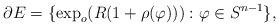
LaTeX: \begin{align*}\partial E=\{\exp_o(R(1+\rho(\varphi))):\varphi\in S^{n-1}\},\end{align*}